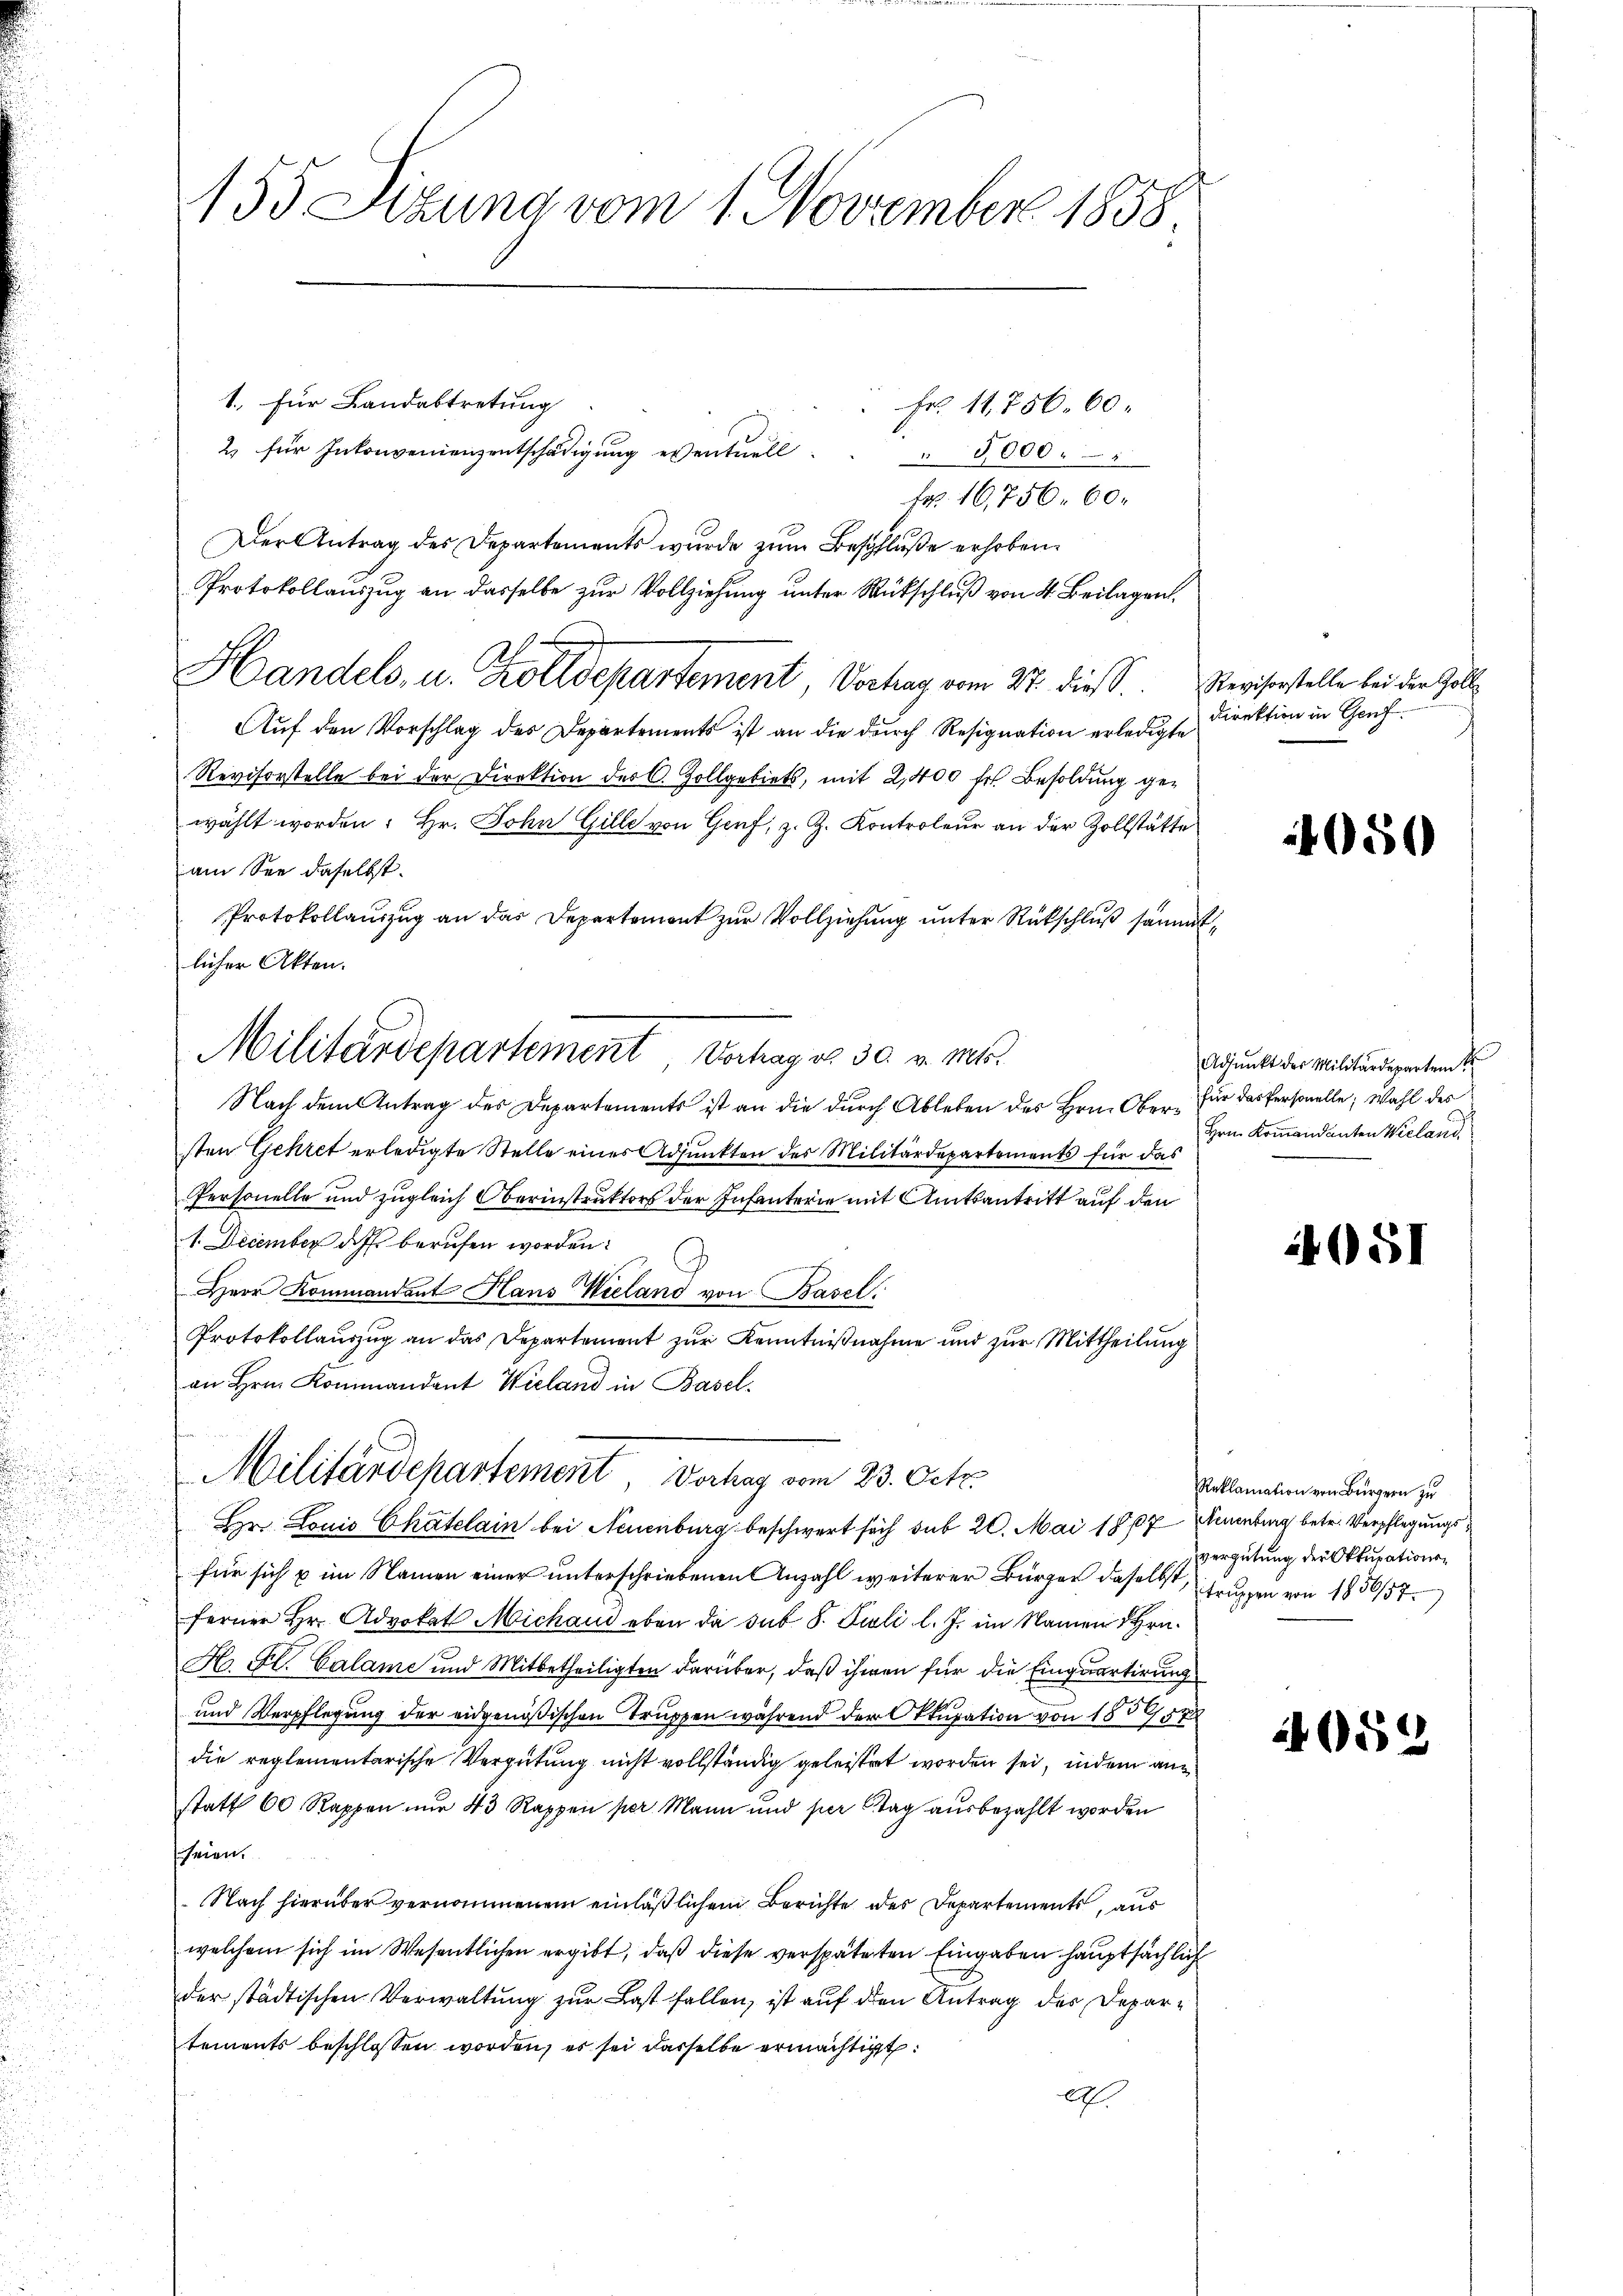
155 Sizung vom 1. November 1858

Fr. 11856. 60.
2. für Inkonvenienzentschädigung eventuell
" 3000.
Fr. 16756. 60.
Der Antrag des Departements wurde zŭm Beschluße erhoben.
Protokollauszug an dasselbe zur Vollziehung unter Rückschluß von 4. Beilagen
Handels, u. Zolldepartement, Vorhang vom 27. dieß. Revisorstelle bei der Zoll¬
Auf den Vorschlag des Departements ist an die durch Resignation erledigte
Revisorstelle bei der Direktion des C. Zollgebiets, mit 2,400 fr Besoldung gewählt worden: Hr. John Gille von Genf, z. Z. Kontroleur an der Zollstätte
am See daselbst.
Protokollauszug an das Departement zur Vollziehung unter Rückschluß sämmtlicher Akten.
Militärdepartement Verhag od. 30. v. Mts.
Nach dem Antrag des Departements ist an die durch Ableben des Hrn. Obersten Gehret erledigte Stelle eines Adjunkten des Militärdepartements für das
Personelle und zugleich Oberinstruktors der Infanterie mit Amtsantritt auf den
1. December dass berufen worden:
Herr Kommandant Hans Wieland von Basel
Protokollaŭszŭg an das Departement zŭr Kenntniβnahme und zŭr Mittheilŭng
an Hrn. Kommandant Wieland in Basel-

1. für Landabtretung

Militärdepartement Vorhag vom 23. Oct.
r Louis Chatelain bei Neuenburg beschwert sich sub 20. Mai 1889 Naumbung betr. Verpflegungs

für sich u im Namen einer unterschriebenen Anzahl weiterer Bürger daselbst, Gruppen von 1856/57.
ferner Hr. Advokat Michand eben da sub. 8. Juli l. J. im Namen Hrn.
K Fl. Calame und Mitbetheiligten darüber, daß ihnen für die Einquartirung
und Verpflegung der eidgenößischen Truppen während der Okkupation von 1857
die reglementarische Vergütung nicht vollständig geleistet worden sei, indem an
statt 60 Rappen nur 43 Rappen per Mann und per Tag ausbezahlt worden
seien.
Nach hierüber vernommenem einläßlichem Berichte des Departements, aus
welchem sich im Wesentlichen ergibt, daß diese verspäteten Eingaben hauptsächlich
der städtischen Verwaltung zur Last fallen, ist auf den Antrag des Departements beschlossen worden, es sei dasselbe ermächtigt.
A

Direktion in Genf.

050

Adjunkt des Militärdepartem S
für das Personelle; Wahl des
Hrn. Kommandanten Wieland

65

Reklamation von Bürgern zu
vergütung der Okkupations¬

24052